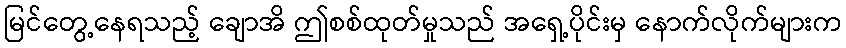
မြင်တွေ့နေရသည့် ချောအိ ဤစစ်ထုတ်မှုသည် အရှေ့ပိုင်းမှ နောက်လိုက်များက